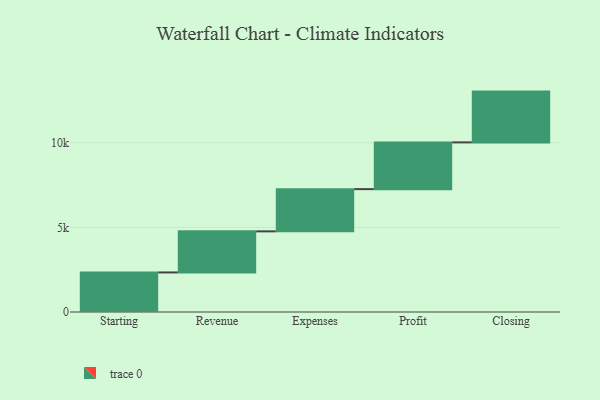
{"axis": {"x": "Step", "y": "Value"}, "legend": [""], "data": [{"x": "Starting", "y": 2337.0, "type": ""}, {"x": "Revenue", "y": 2428.0, "type": ""}, {"x": "Expenses", "y": 2494.0, "type": ""}, {"x": "Profit", "y": 2762.0, "type": ""}, {"x": "Closing", "y": 3000, "type": ""}]}